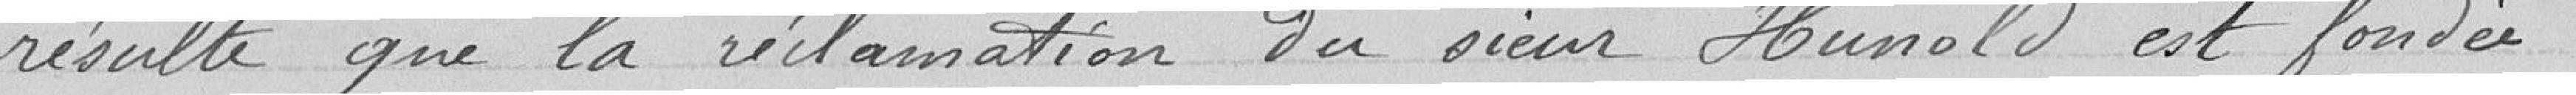
résulte que la réclamation du sieur Hunold est fondée.